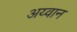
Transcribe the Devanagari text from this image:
अय्वान